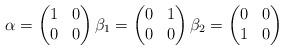
LaTeX: \begin{align*} \alpha = \begin{pmatrix} 1 & 0 \\ 0 & 0\end{pmatrix} \beta_1 = \begin{pmatrix}0 & 1 \\ 0 & 0\end{pmatrix} \beta_2 = \begin{pmatrix}0 & 0 \\ 1 & 0\end{pmatrix} \end{align*}